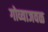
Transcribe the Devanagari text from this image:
गोव्याजवळ